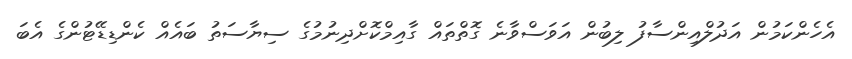
އެހެންކަމުން އަދުލްއިންސާފު ލިބުން އަވަސްވާނެ ގޮތްތައް ގާއިމްކޮށްދިނުމުގެ ސިޔާސަތު ބައެއް ކެންޑިޑޭޓުންގެ އެބަ